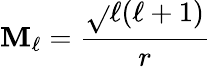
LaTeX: \mathbf{M}_{\ell}=\frac{{\sqrt{}{{\ell(\ell+1)}}}}{{r}}